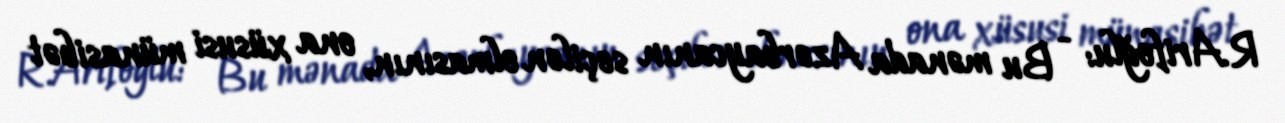
R.Arifoğlu: - Bu mənada Azərbaycanın seçilən olmasının, ona xüsusi münasibət